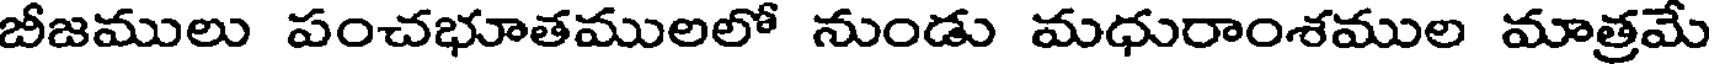
బీజములు పంచభూతములలో నుండు మధురాంశముల మాత్రమే